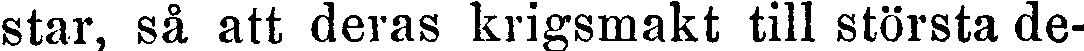
star, så att deras krigsmakt till största de-